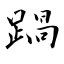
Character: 踻